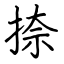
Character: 捺